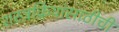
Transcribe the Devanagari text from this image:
शस्त्रक्रियांसाठीची